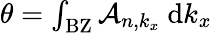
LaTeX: \begin{array}{r}{\theta=\int_{\mathrm{BZ}}\mathcal{A}_{n,k_{x}}\ \mathrm{d}k_{x}}\end{array}